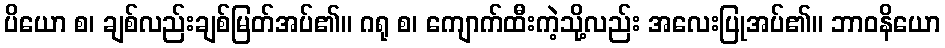
ပိယော စ၊ ချစ်လည်းချစ်မြတ်အပ်၏။ ဂရု စ၊ ကျောက်ထီးကဲ့သို့လည်း အလေးပြုအပ်၏။ ဘာဝနိယော